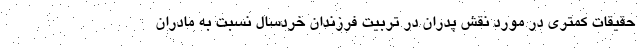
حقیقات کمتری در مورد نقش پدران در تربیت فرزندان خردسال نسبت به مادران